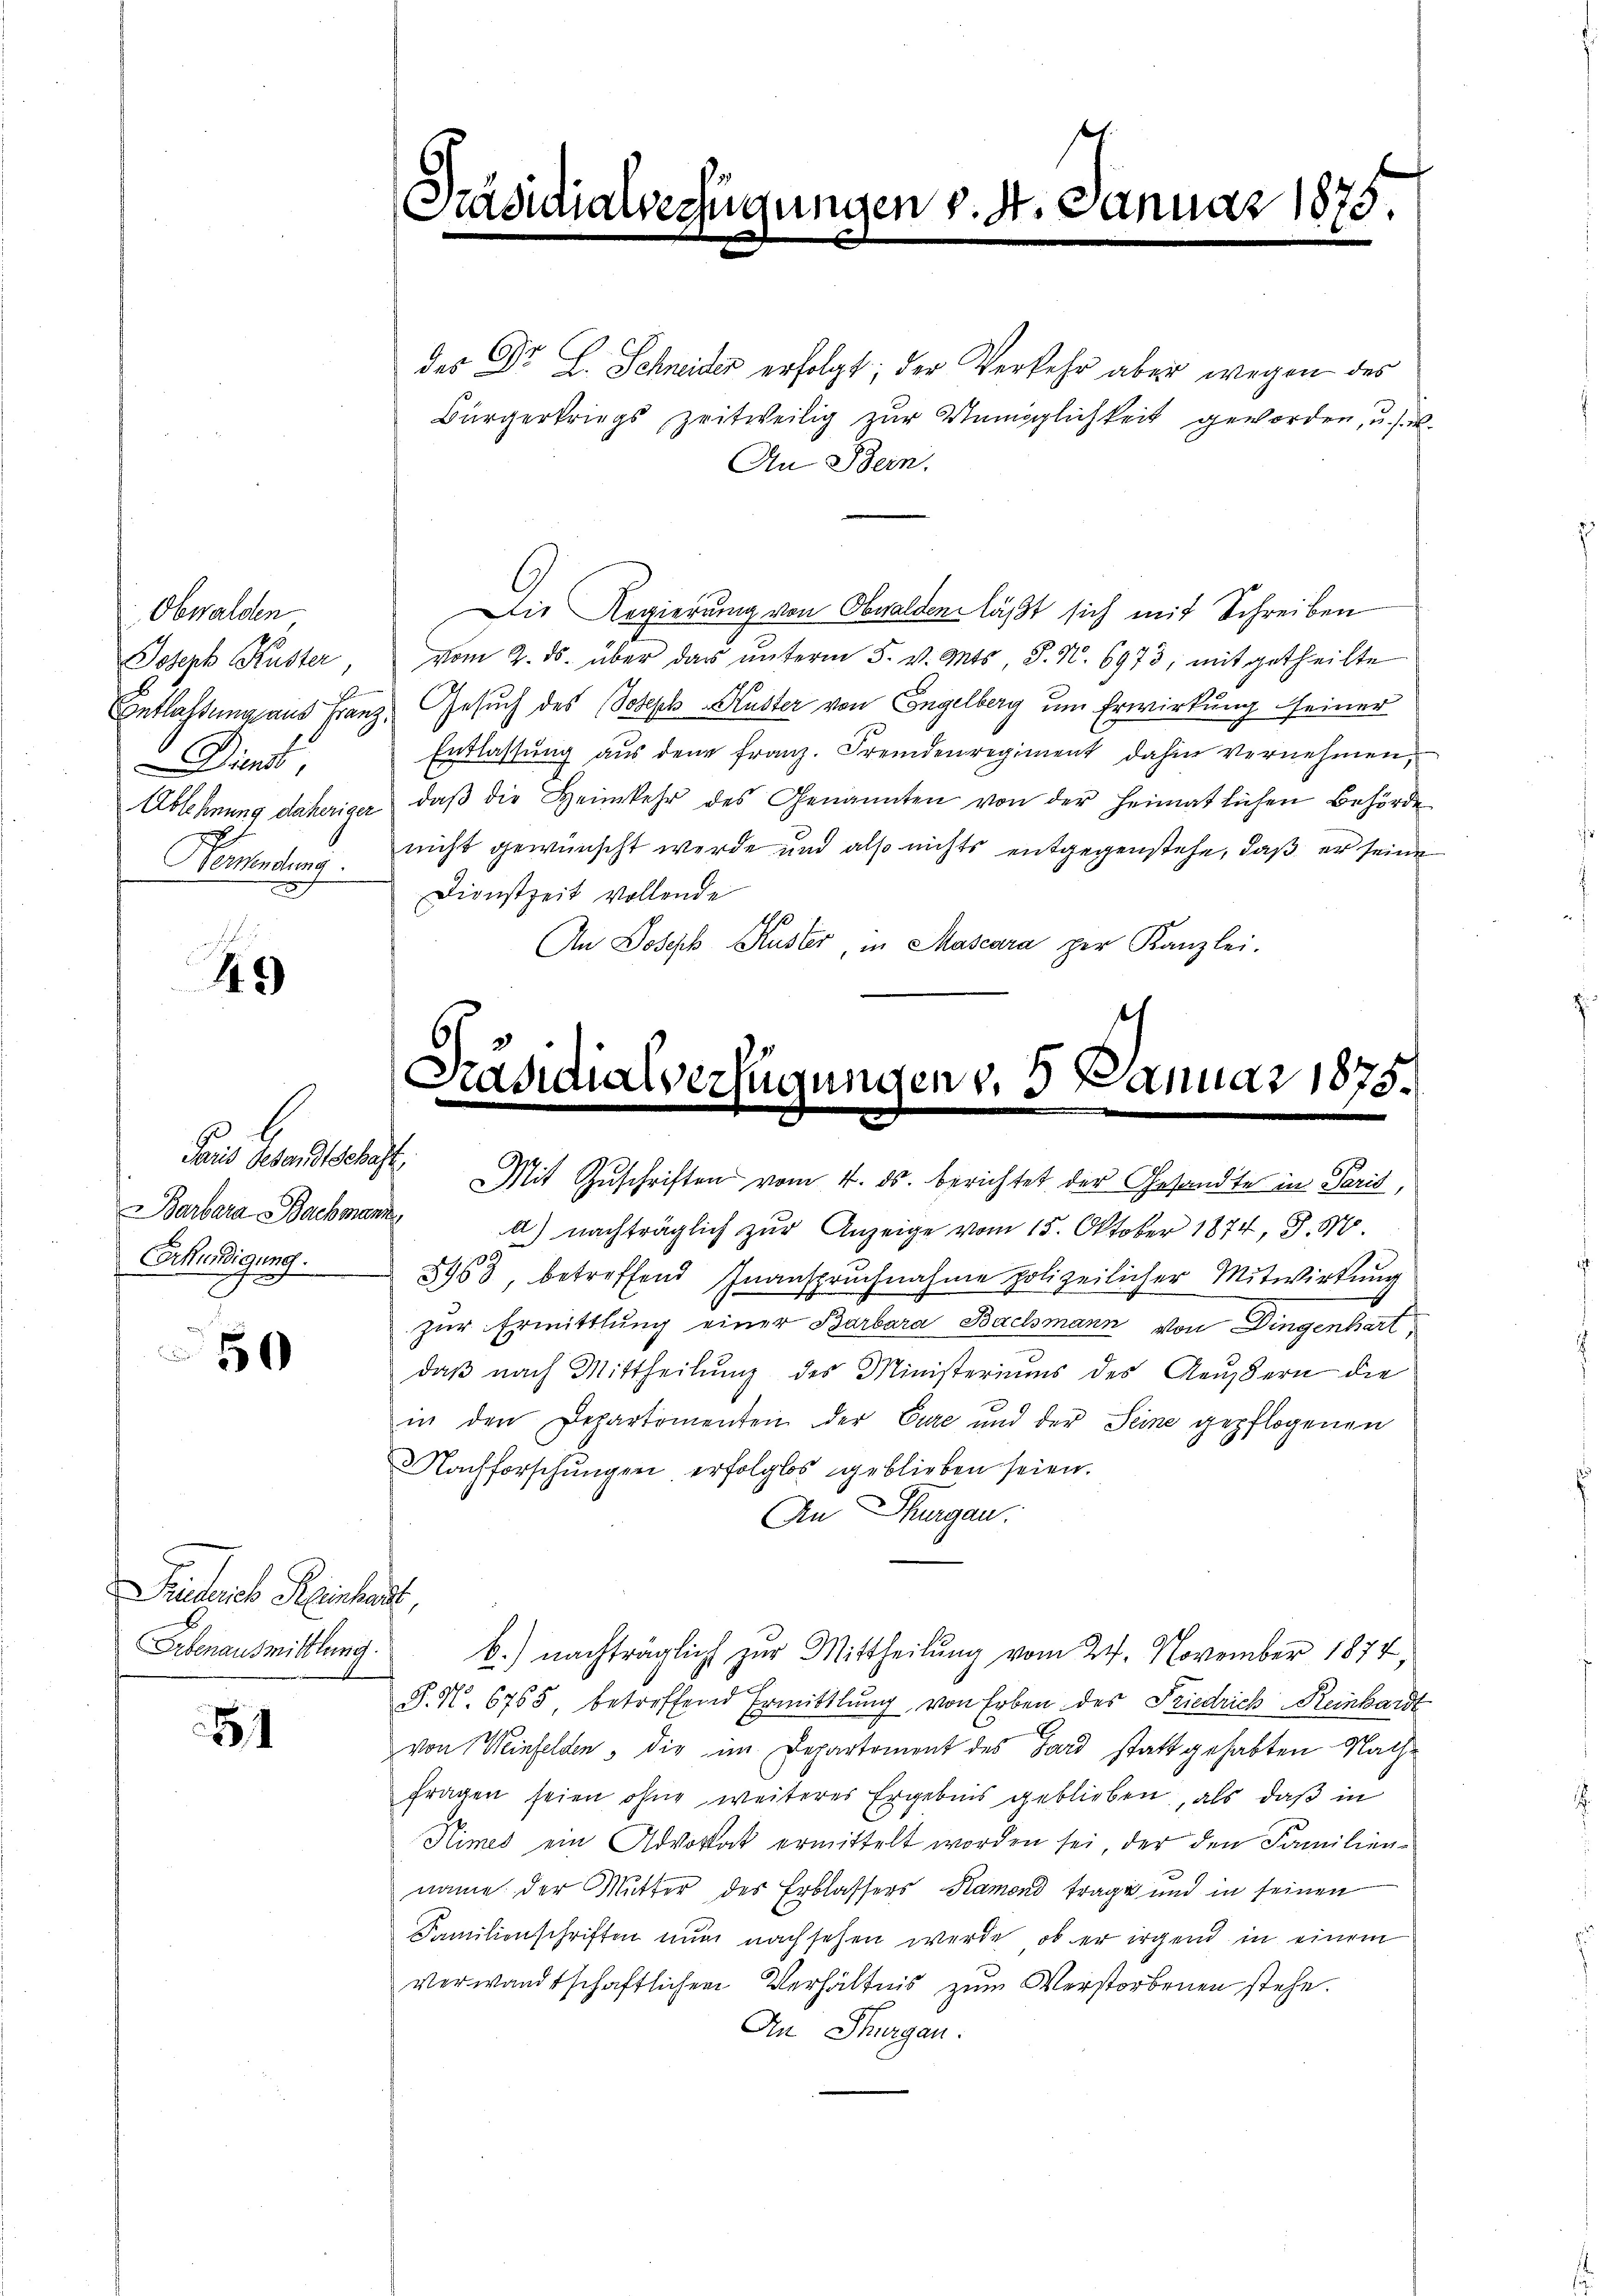
Obwalden
Ichyb Küster
Dienst,
Konsendung.

1.)

Jais Gesandtschaft,
Barbara Bachmann
Erkundigung.

50

Triderich Reinhart,
Erbenausmittlung.

51

Präsidialverfügungen v. 4. Januar 1875.

des Dr. L. Schneider erfolgt; der Verkehr aber wegen des
Bürgerkriegs zeitweilig zur Unmöglichkeit geworden, u. s. w.
An Bern.
Die Regierung von Obwalden läßt sich mit Schreiben
vom 2. ds. über das ŭnterm 5. v. Mts, S. N. 6973, mitgetheilte
Entlassung aus Franz. Gesuch des Joseph Kuster von Engelberg um Erwirkung seiner
Entlassŭng aus dem franz. Fremdenregiment dahin vernehmen,
Ablehnung daheriger, daβ die Heimkehr des Genannten von der heimatlichen Behörde
nicht gewünscht werde und also nichts entgegenstehe, daß er seine
Dienstzeit vollende
An Joseph Kuster, in Mascara zur Kanzlei.

Präsidialverfügungen v. 5. Januar 1875.

Mit Zuschriften vom 4. ds. berichtet der Gesandte in Paris,
d) nachträglich zur Anzeige vom 15. Oktober 1874, S. 10.
8968, betreffend Inanspruchnahme polizeilicher Mitwirkung
zur Ermittlung einer Barbara Bachmann von Dingenhart
daß nach Mittheilung des Ministeriums des Aeußern die
in den Departementen der Eure und der Seine gepflogenen
Nachforschungen erfolglos geblieben seien.
An Thurgau.
b.) nachträglich zŭr Mittheilŭng vom 24. November 1874,
§. N. 6765, betreffend Ermittlung von Erben des Friedrich Reinhardt
von Weinfelden, die im Departement des Gard statt gehabten Nachfragen seien ohne weiteres Ergebnis geblieben, als daß in
Kimes ein Advokat ermittelt worden sei, der den Familien-
name der Mutter des Erblassers Kamond trage und in seinen
Familienschriften nun nachsehen werde, ob er irgend in einem
verwandtschaftlichen Verhältnis zum Verstorbenen stehe.
An Thurgau.